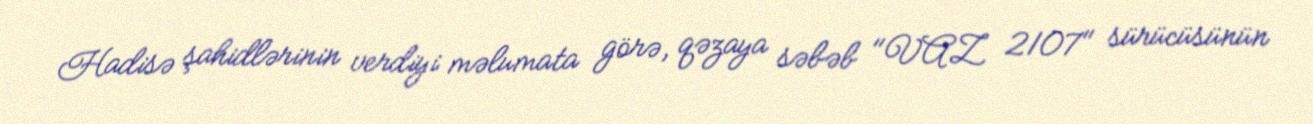
Hadisə şahidlərinin verdiyi məlumata görə, qəzaya səbəb "VAZ 2107" sürücüsünün